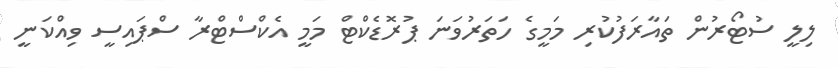
ލިލީ ސުޓޯރުން ތައާރަފުކުރި މަމީގެ ހަތަރުވަނަ ޕުރޮޑެކްޓް މަމީ އެކްސްޓްރާ ސްޕައިސީ ވިއްކަނީ